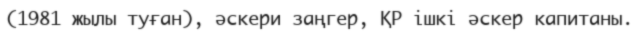
(1981 жылы туған), әскери заңгер, ҚР ішкі әскер капитаны.